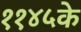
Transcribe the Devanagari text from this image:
११४५के